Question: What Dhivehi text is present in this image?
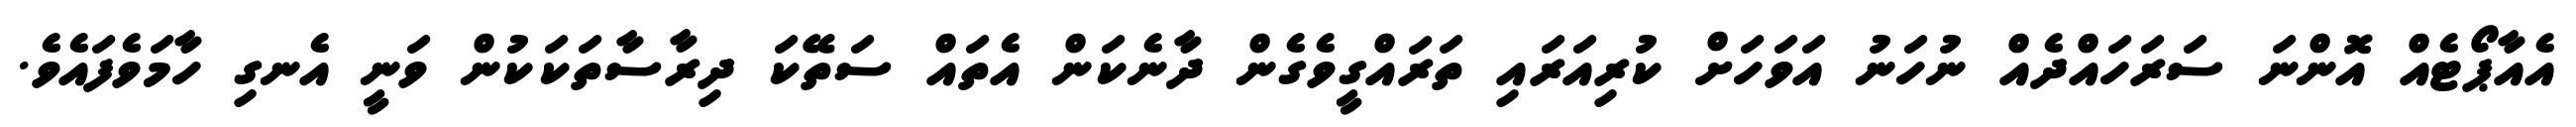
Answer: އެއާޕޯޓެއް އޮންނަ ސަރަހައްދެއް ނުހަނު އަވަހަށް ކުރިއަރައި ތަރައްގީވެގެން ދާނެކަން އެތައް ސަތޭކަ ދިރާސާތަކަކުން ވަނީ އެނގި ހާމަވެފައެވެ.